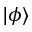
| \phi \rangle